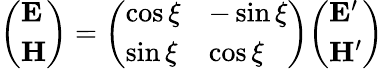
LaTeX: {\left(\begin{array}{l}{\mathbf{E}}\\ {\mathbf{H}}\end{array}\right)}={\left(\begin{array}{ll}{\cos\xi}&{-\sin\xi}\\ {\sin\xi}&{\cos\xi}\end{array}\right)}{\left(\begin{array}{l}{\mathbf{E^{\prime}}}\\ {\mathbf{H^{\prime}}}\end{array}\right)}